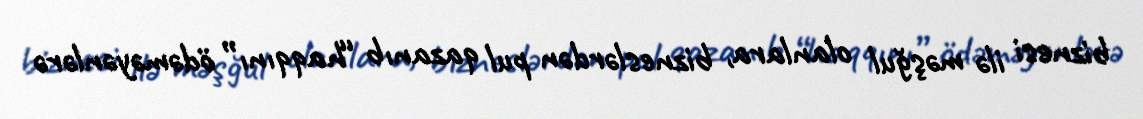
biznesi ilə məşğul olanlara, bizneslərdən pul qazanıb “haqqını” ödəməyənlərə